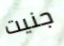
جنيت